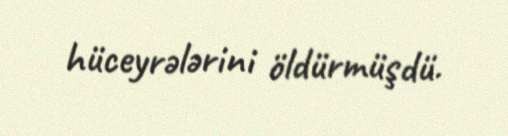
hüceyrələrini öldürmüşdü.